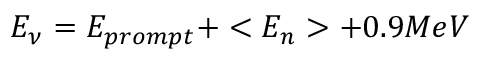
E _ { \nu } = E _ { p r o m p t } + < E _ { n } > + 0 . 9 M e V